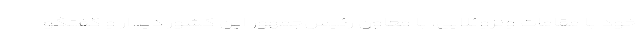
خود با مقامات ونزوئلایی، با معاون رئیس‌جمهور این کشور دیدار و گفتگو